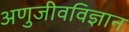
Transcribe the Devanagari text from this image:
अणुजीवविज्ञान